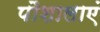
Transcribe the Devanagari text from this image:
पौशालाएं